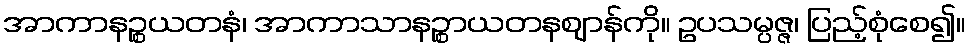
အာကာနဉ္စယတနံ၊ အာကာသာနဉ္စာယတနဈာန်ကို။ ဥပသမ္ပဇ္ဇ၊ ပြည့်စုံစေ၍။